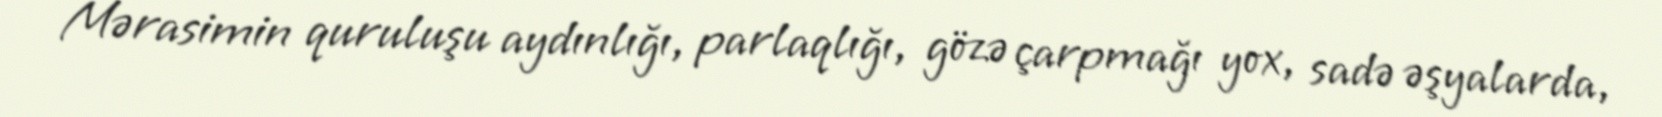
Mərasimin quruluşu aydınlığı, parlaqlığı, gözə çarpmağı yox, sadə əşyalarda,